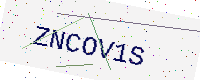
Text: ZNCOV1S